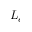
L _ { e }